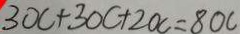
3 O C + 3 O C + 2 O C = 8 O C